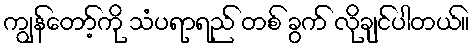
ကျွန်တော့်ကို သံပရာရည် တစ် ခွက် လိုချင်ပါတယ်။